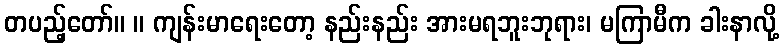
တပည့်တော်။ ။ ကျန်းမာရေးတော့ နည်းနည်း အားမရဘူးဘုရား၊ မကြာမီက ခါးနာလို့